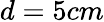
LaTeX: d=5cm